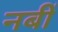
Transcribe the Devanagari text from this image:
नबीं